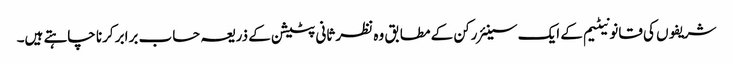
شریفوں کی قانونیٹیم کے ایک سینئر رکن کے مطابق وہ نظر ثانی پٹیشن کے ذریعہ حساب برابر کرنا چاہتے ہیں۔